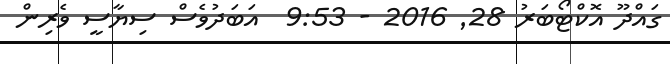
ގައްދޫ އޮކްޓޯބަރު 28